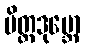
မိတ္တဒုဗ္ဘော